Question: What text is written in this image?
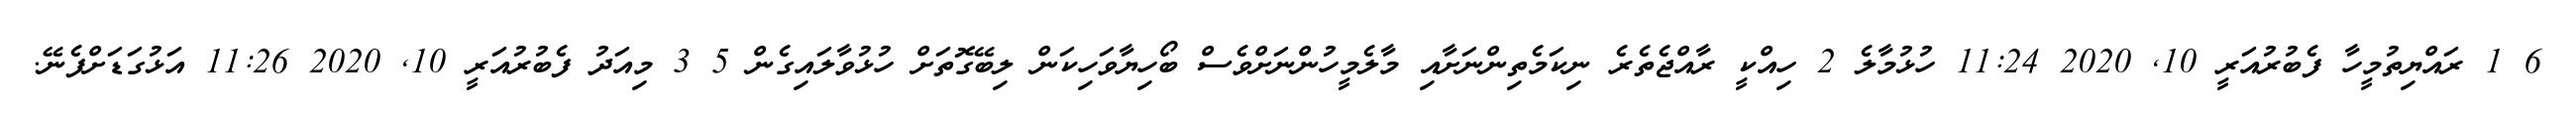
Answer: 6 1 ރައްޔިތުމީހާ ފެބުރުއަރީ 10, 2020 11:24 ހުޅުމާލެ 2 ހިއްކީ ރާއްޖެތެރެ ނިކަމެތިންނަށާއި މާލެމީހުންނަށްވެސް ބޯހިޔާވަހިކަން ލިބޭގޮތަށް ހުޅުވާލައިގެން 5 3 މިއަދު ފެބުރުއަރީ 10, 2020 11:26 އަޅުގަޑަށްފެނޭ.